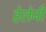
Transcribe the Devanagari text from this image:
हेलेनी